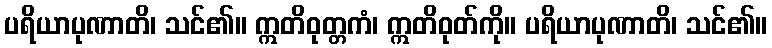
ပရိယာပုဏာတိ၊ သင်၏။ ဣတိဝုတ္တကံ၊ ဣတိဝုတ်ကို။ ပရိယာပုဏာတိ၊ သင်၏။